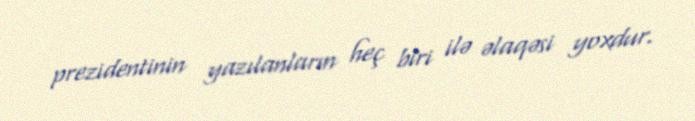
prezidentinin yazılanların heç biri ilə əlaqəsi yoxdur.